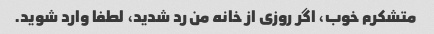
متشکرم خوب، اگر روزی از خانه من رد شدید، لطفا وارد شوید.